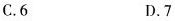
C.6 D.7